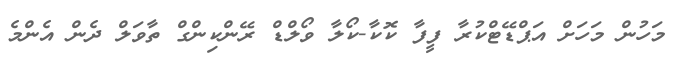
މަހުން މަހަށް އަޕްޑޭޓްކުރާ ފީފާ ކޮކާ-ކޯލާ ވޯލްޑް ރޭންކިންގް ތާވަލް ދެން އެންމެ